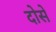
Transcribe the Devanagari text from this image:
दोसे